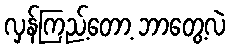
လှန်ကြည့်တော့ ဘာတွေ့လဲ